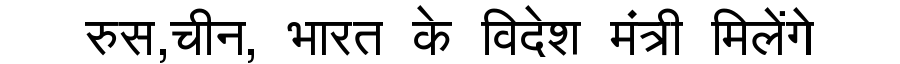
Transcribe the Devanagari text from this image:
रुस,चीन, भारत के विदेश मंत्री मिलेंगे